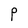
Character: P